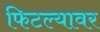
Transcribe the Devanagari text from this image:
फिटल्यावर